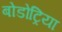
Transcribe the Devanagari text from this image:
बोडोट्रिया